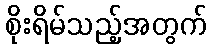
စိုးရိမ်သည့်အတွက်